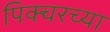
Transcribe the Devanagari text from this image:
पिक्चरच्या